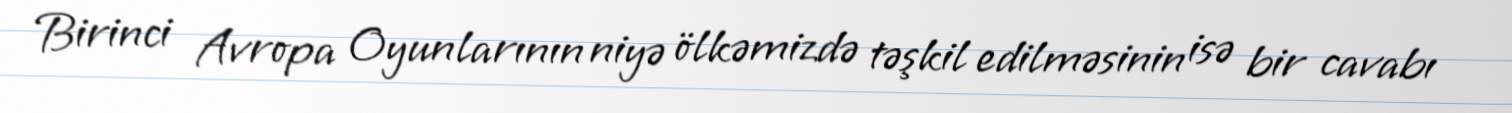
Birinci Avropa Oyunlarının niyə ölkəmizdə təşkil edilməsinin isə bir cavabı